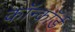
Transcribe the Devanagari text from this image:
कॉन्कॉर्ड